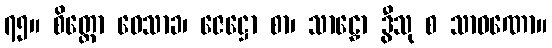
၇၅။ စိတ္တော ဝေသာခ၊ ဇေဋ္ဌော စာ၊ သာဠှော ဒွီသု စ သာဝဏော။